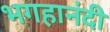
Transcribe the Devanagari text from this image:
भगहानंदी